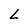
Character: L